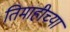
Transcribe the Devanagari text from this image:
तिमाहीच्या